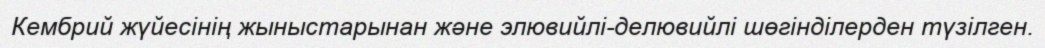
Кембрий жүйесінің жыныстарынан және элювийлі-делювийлі шөгінділерден түзілген.